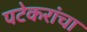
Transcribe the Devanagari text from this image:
पटेकरांचा